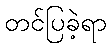
တင်ပြခဲ့ရာ